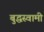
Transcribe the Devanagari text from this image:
बुद्धस्वामी